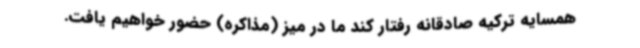
همسایه ترکیه صادقانه رفتار کند ما در میز (مذاکره) حضور خواهیم یافت.